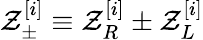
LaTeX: \mathcal{Z}_{\pm}^{[i]}\equiv\mathcal{Z}_{R}^{[i]}\pm\mathcal{Z}_{L}^{[i]}